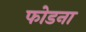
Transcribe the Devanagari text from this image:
फोडना